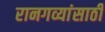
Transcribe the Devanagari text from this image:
रानगव्यांसाठी